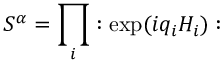
S ^ { \alpha } = \prod _ { i } : \exp ( i q _ { i } H _ { i } ) :